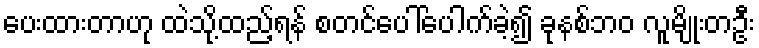
ပေးထားတာဟု ထဲသို့ထည့်ရန် စတင်ပေါ်ပေါက်ခဲ့၍ ခုနစ်ဘ၀ လူမျိုးတဦး